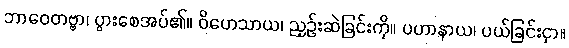
ဘာဝေတဗ္ဗာ၊ ပွားစေအပ်၏။ ဝိဟေသာယ၊ ညှဉ်းဆဲခြင်းကို။ ပဟာနာယ၊ ပယ်ခြင်းငှာ။